Report of the Imperial Institute of Veterinary Research, Muktesar
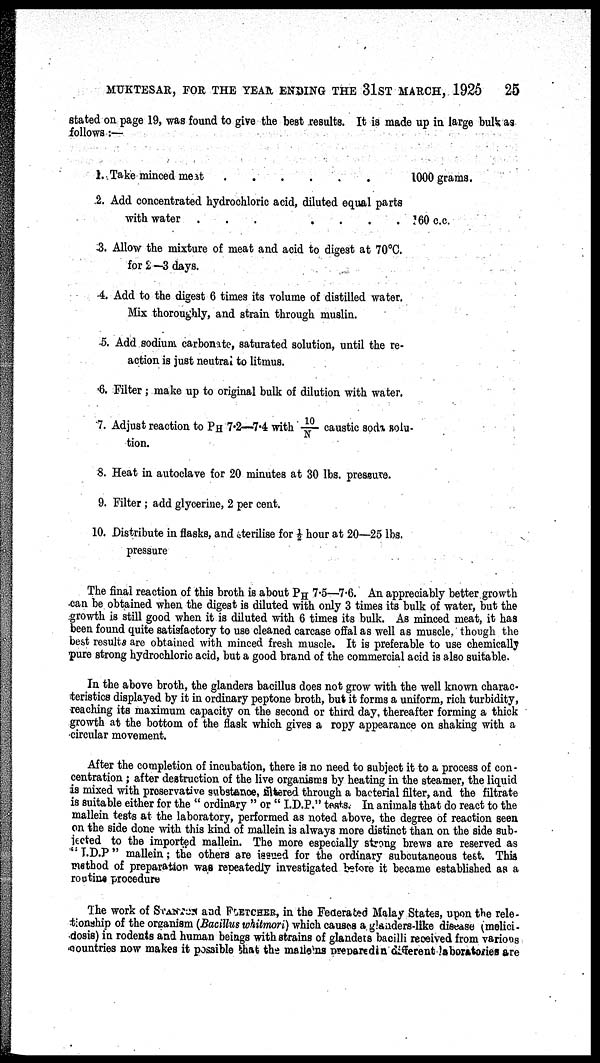
MUKTESAR, FOR THE YEAR ENDING THE 31ST MARCH, 1925
25
stated on page 19, was found to give the best results. It is made up in large bulk as
follows:—
1. Take minced meat
1000 grams.
2. Add concentrated hydrochloric acid, diluted equal parts
with water ...
....
160c.c.
3. Allow the mixture of meat and acid to digest at 70°C.
for 2—3 days.
4. Add to the digest 6 times its volume of distilled water.
Mix thoroughly, and strain through muslin.
5. Add sodium carbolnate, saturated solution, until the re-
action is just neutral to litmus.
6. Filter; make up to original bulk of dilution with water.
7. Adjust reaction to PH 7.2—7.4 with 10/N caustic soda solu-
tion.
8. Heat in autoclave for 20 minutes at 30 lbs. pressure.
9. Filter; add glycerine, 2 per cent.
10. Distribute in flasks, and sterilise for ½ hour at 20—25 lbs.
pressure
The final reaction of this broth is about P H 7.5—7.6. An appreciably better growth
can be obtained when the digest is diluted with only 3 times its bulk of water, but the
growth is still good when it is diluted with 6 times its bulk. As minced meat, it has
been found quite satisfactory to use cleaned carcase offal as well as muscle, though the
best results are obtained with minced fresh muscle. It is preferable to use chemically
pure strong hydrochloric acid, but a good brand of the commercial acid is also suitable.
In the above broth, the glanders bacillus does not grow with the well known charac-
teristics displayed by it in ordinary peptone broth, but it forms a uniform, rich turbidity,
reaching its maximum capacity on the second or third day, thereafter forming a thick
growth at the bottom of the flask which gives a ropy appearance on shaking with a
circular movement.
After the completion of incubation, there is no need to subject it to a process of con-
centration ; after destruction of the live organisms by heating in the steamer, the liquid
is mixed with preservative substance, filtered through a bacterial filter, and the filtrate
is suitable either for the " ordinary " or " I.D.P." tests. In animals that do react to the
mallein tests at the laboratory, performed as noted above, the degree of reaction seen
on the side done with this kind of mallein is always more distinct than on the side sub-
jected to the imported mallein. The more especially strong brews are reserved as
" I.D.P " mallein; the others are issued for the ordinary subcutaneous test. This
method of preparation was repeatedly investigated before it became established as a
routine procedure
The work of STANTEN and FLETCHER, in the Federated Malay States, upon the rele¬
tionship of the organism (Bacillus whitmori) which causes a glanders-like disease (melici-
dosis) in rodents and human beings with strains of glanders bacilli received from various
countries now makes it possible that the malleins prepared in different laboratories are